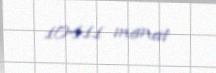
10411 manat